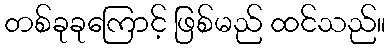
တစ်ခုခုကြောင့် ဖြစ်မည် ထင်သည်။